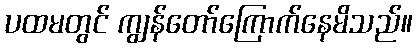
ပထမတွင် ကျွန်တော်ကြောက်နေမိသည်။